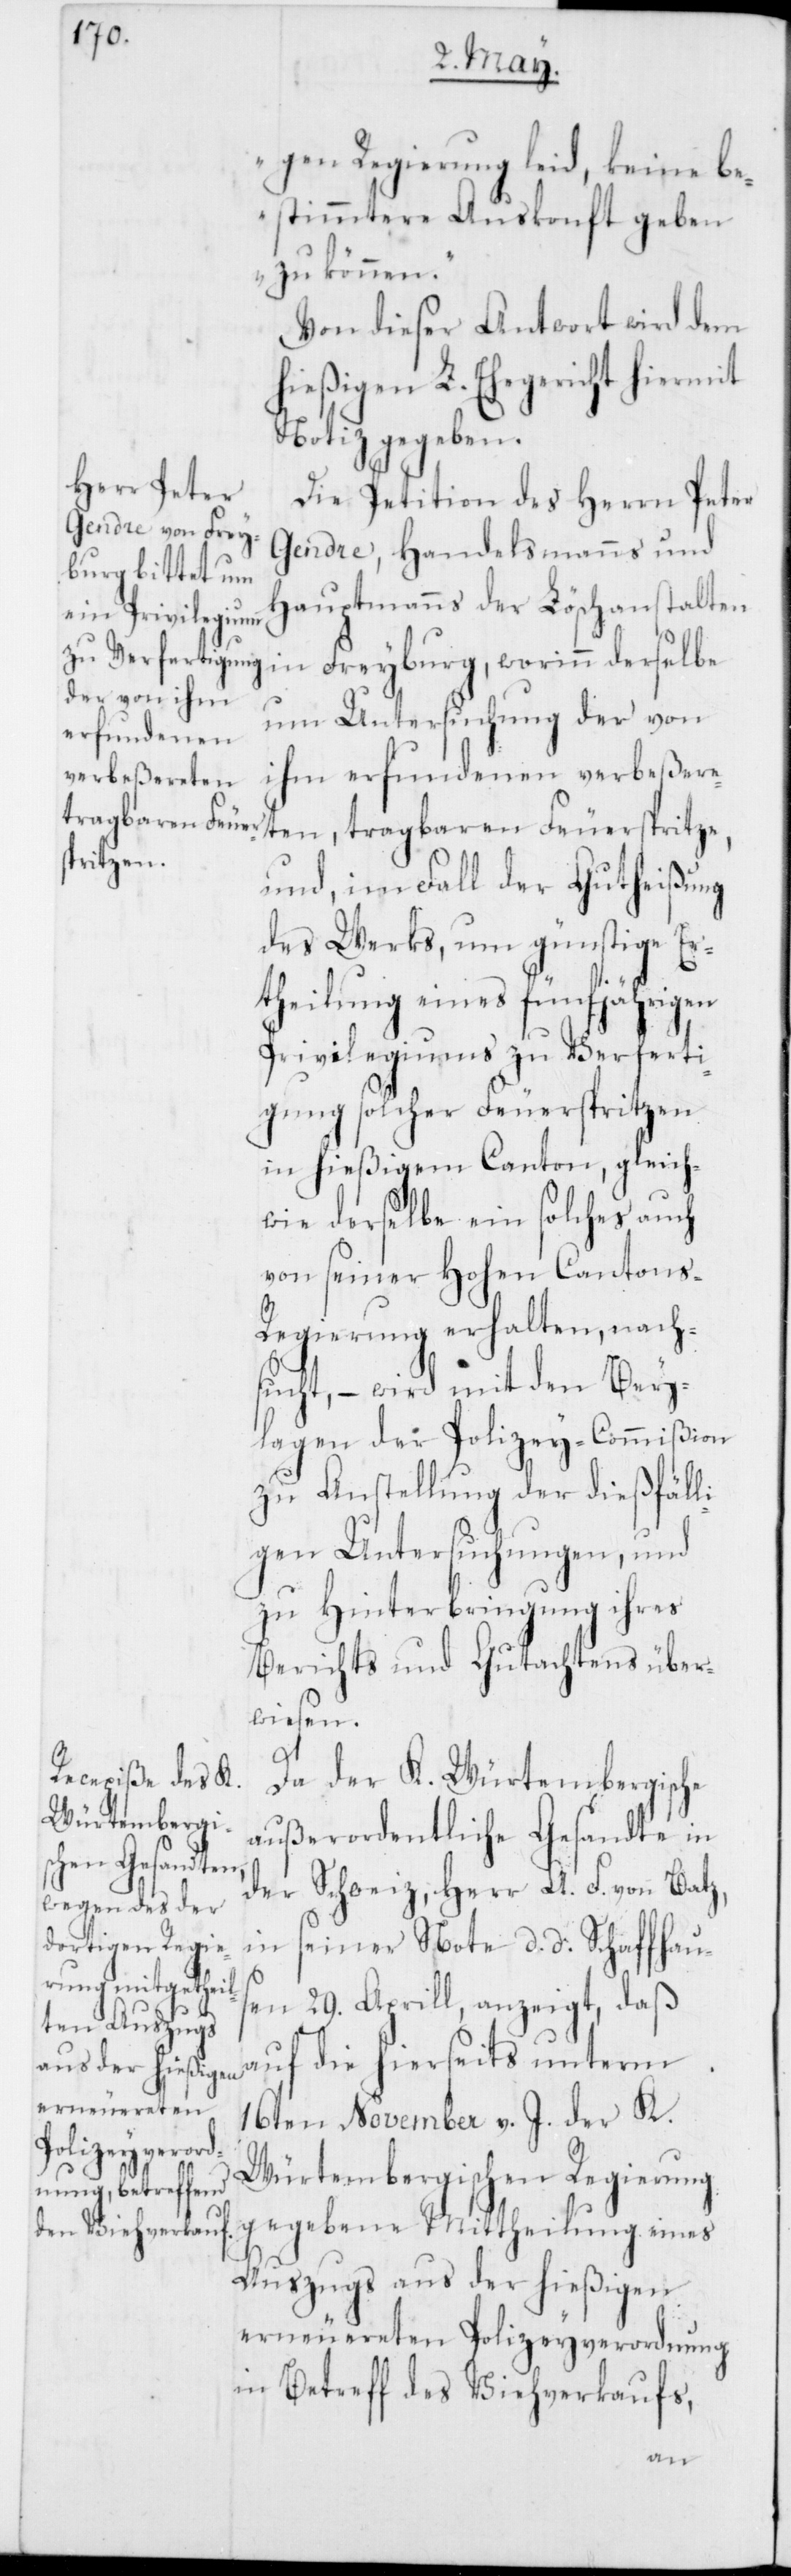
gen Regierung leid, keine be¬
stimmtere Auskonft geben
zu können“.
Von dieser Antwort wird dem
hießigen L. Ehegericht hiermit
Notiz gegeben.
Die Petition des Herrn Peter
Gendre, Handelsmanns und
Hauptmanns der Löschanstalten
in Freyburg, worinn derselbe
um Untersuchung der von
ihm erfundenen verbeßere¬
ten, tragbaren Feuerspritze,
und im Fall der Gutheißung
des Werks, um günstige Er¬
theilung eines fünfjährigen
Privilegiums zu Verferti¬
gung solcher Feuerspritzen
in hießigem Canton, gleich¬
wie derselbe ein solches auch
von seiner Hohen Cantons-R¬
egierung erhalten, nach¬
sucht, – wird mit den Bey¬
lagen der Polizey-Commißion
zu Anstellung der dießfälli¬
gen Untersuchungen, und
zu Hinterbringung ihres
Berichts und Gutachtens über¬
wiesen.
Da der K. Würtembergische
außerordentliche Gesandte in
der Schweiz, Herr A. F. von Batz,
in seiner Note d. d. Schaffhaus¬
en 29ten Aprill, anzeigt, daß
auf die hierseits unterm
16ten November v. J. der K.
Würtembergischen Regierung
gegebene Mittheilung eines
Auszugs aus der hießigen
erneuereten Polizeyverordnung
in Betreff des Viehverkaufs,